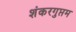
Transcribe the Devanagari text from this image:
शंकरगुप्तम